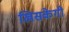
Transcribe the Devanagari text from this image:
खिसकेगी